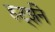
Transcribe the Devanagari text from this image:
हर्ट्झने